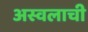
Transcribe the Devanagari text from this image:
अस्वलाची